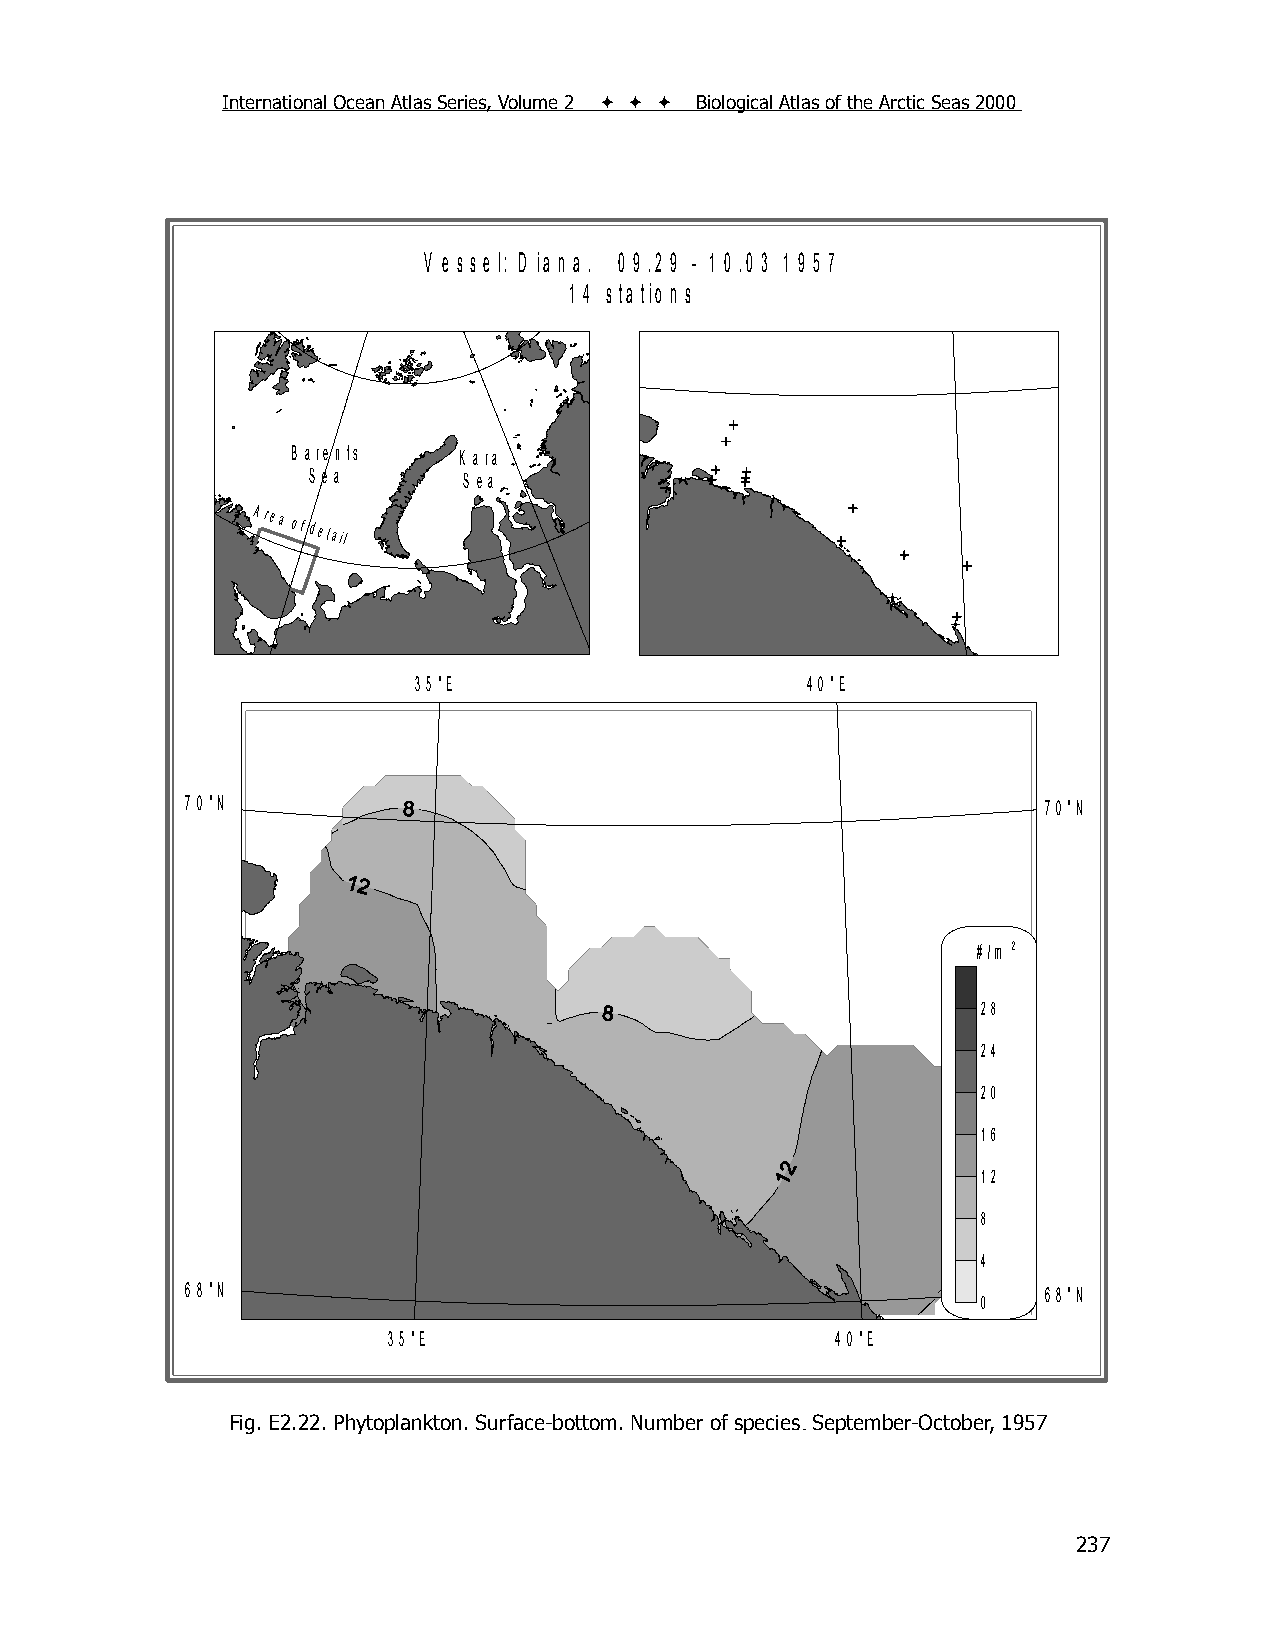
International Ocean Atlas Series, Volume 2    Biological Atlas of the Arctic Seas 2000
 V e s s e l: D ia n a . 0 9 .2 9 - 1 0 .0 3 1 9 5 7
 1 4 s ta tio n s
 B a re n ts K a ra
 S e a      S e a
 Area
 of detail
 3 5 °E                    4 0 °E
 7 0 °N                                                   7 0 °N
 # /m 2
 28
 24
 20
 16
 12
 8
 4
 6 8 °N                                                   6 8 °N
 0
 3 5 °E                       4 0 °E
 Fig. E2.22. Phytoplankton. Surface-bottom. Number of species. September-October, 1957
 237